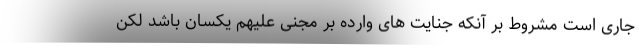
جاری است مشروط بر آنکه جنایت های وارده بر مجنی علیهم یکسان باشد لکن